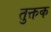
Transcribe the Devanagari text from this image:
तुक्तक